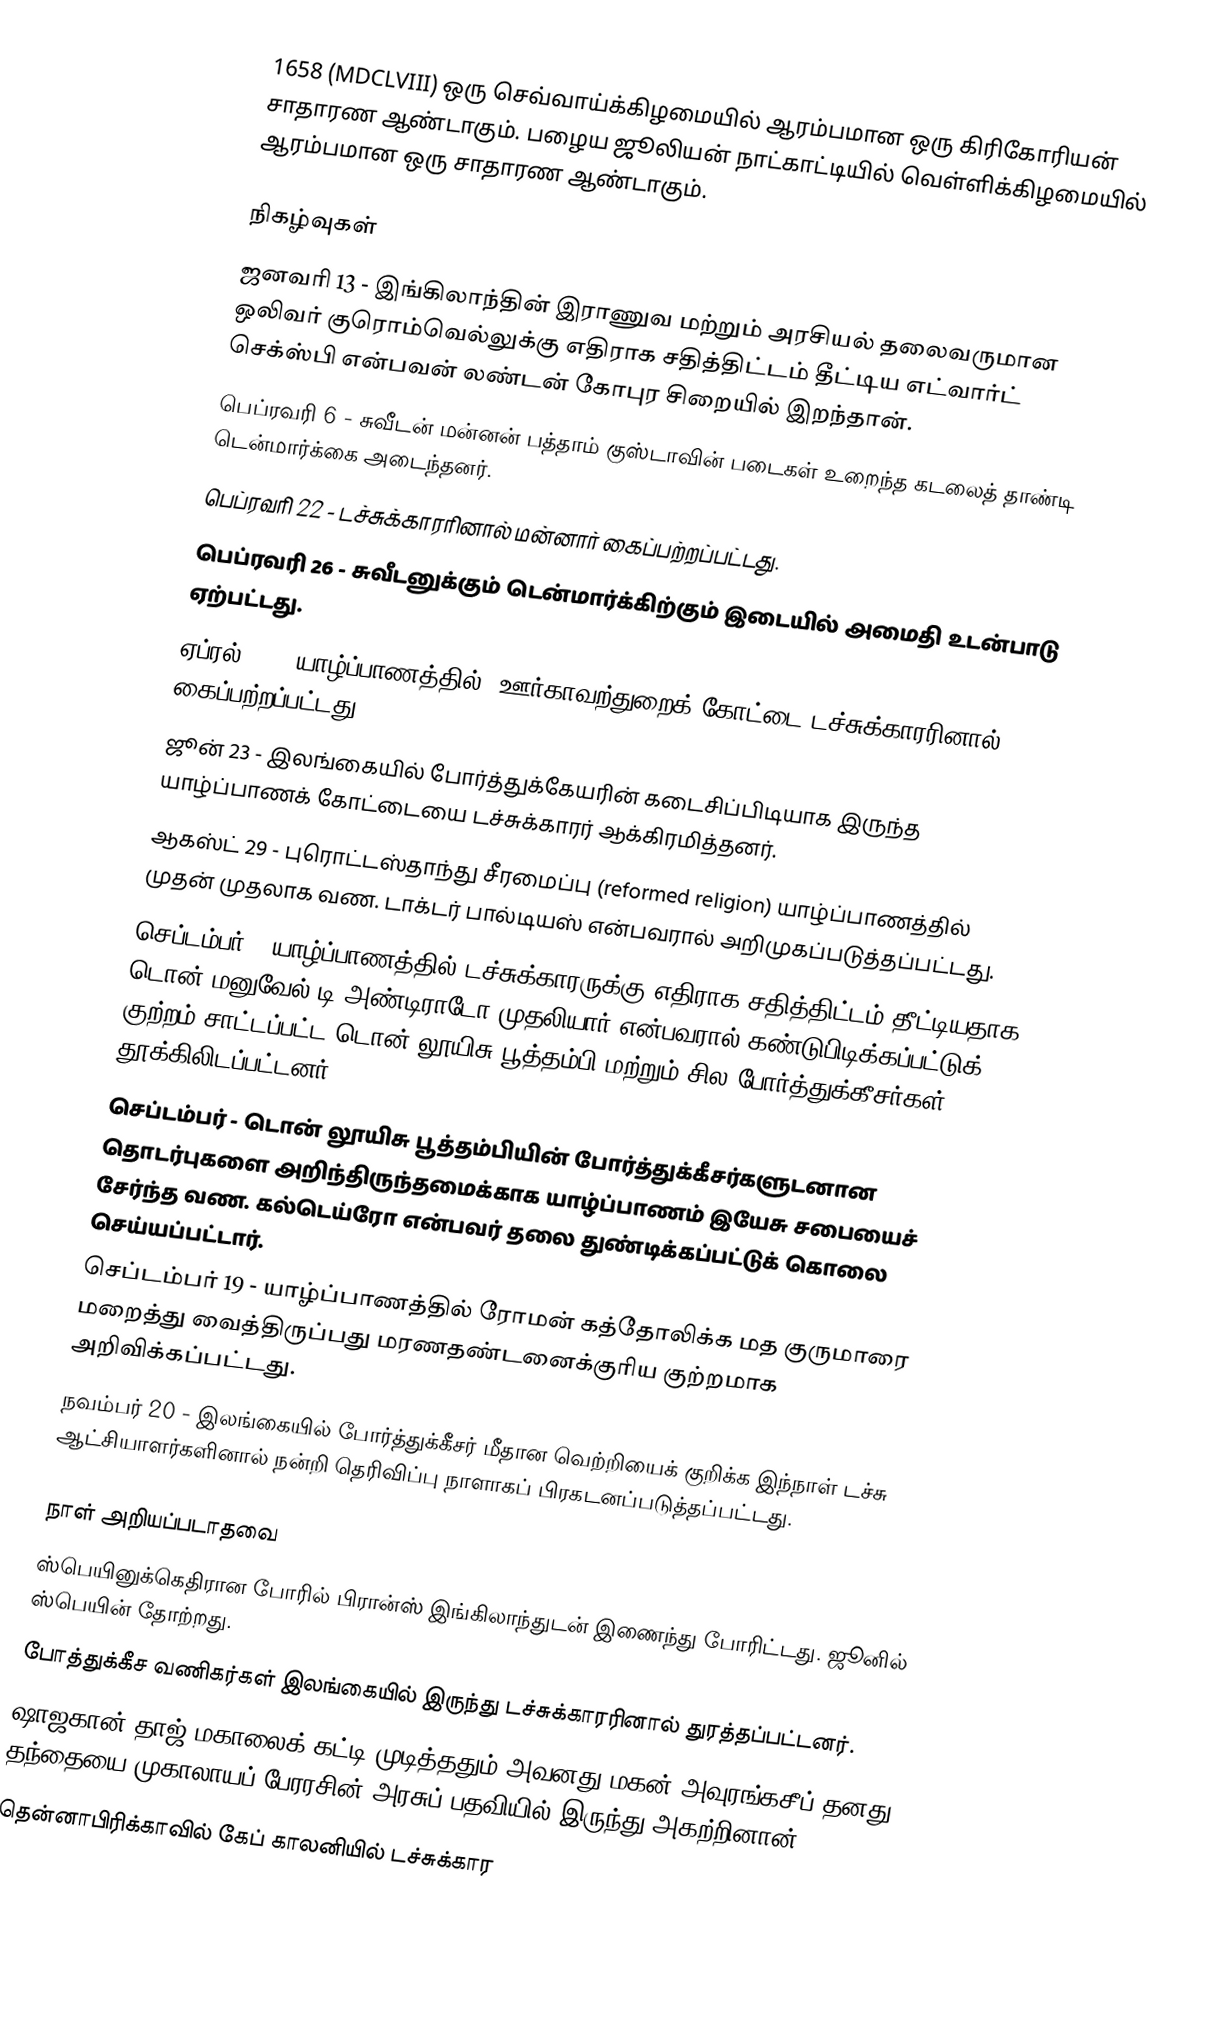
1658 (MDCLVIII) ஒரு செவ்வாய்க்கிழமையில் ஆரம்பமான ஒரு கிரிகோரியன் சாதாரண ஆண்டாகும். பழைய ஜூலியன் நாட்காட்டியில் வெள்ளிக்கிழமையில் ஆரம்பமான ஒரு சாதாரண ஆண்டாகும்.

நிகழ்வுகள்
 ஜனவரி 13 - இங்கிலாந்தின் இராணுவ மற்றும் அரசியல் தலைவருமான ஒலிவர் குரொம்வெல்லுக்கு எதிராக சதித்திட்டம் தீட்டிய எட்வார்ட் செக்ஸ்பி என்பவன் லண்டன் கோபுர சிறையில் இறந்தான்.
 பெப்ரவரி 6 - சுவீடன் மன்னன் பத்தாம் குஸ்டாவின் படைகள் உறைந்த கடலைத் தாண்டி டென்மார்க்கை அடைந்தனர்.
 பெப்ரவரி 22 - டச்சுக்காரரினால் மன்னார் கைப்பற்றப்பட்டது.
 பெப்ரவரி 26 - சுவீடனுக்கும் டென்மார்க்கிற்கும் இடையில் அமைதி உடன்பாடு ஏற்பட்டது.
 ஏப்ரல் 10 - யாழ்ப்பாணத்தில், ஊர்காவற்துறைக் கோட்டை டச்சுக்காரரினால் கைப்பற்றப்பட்டது.
 ஜூன் 23 - இலங்கையில் போர்த்துக்கேயரின் கடைசிப்பிடியாக இருந்த யாழ்ப்பாணக் கோட்டையை டச்சுக்காரர் ஆக்கிரமித்தனர்.
 ஆகஸ்ட் 29 - புரொட்டஸ்தாந்து சீரமைப்பு (reformed religion) யாழ்ப்பாணத்தில் முதன் முதலாக வண. டாக்டர் பால்டியஸ் என்பவரால் அறிமுகப்படுத்தப்பட்டது.
 செப்டம்பர் - யாழ்ப்பாணத்தில் டச்சுக்காரருக்கு எதிராக சதித்திட்டம் தீட்டியதாக டொன் மனுவேல் டி அண்டிராடோ முதலியார் என்பவரால் கண்டுபிடிக்கப்பட்டுக் குற்றம் சாட்டப்பட்ட டொன் லூயிசு பூத்தம்பி மற்றும் சில போர்த்துக்கீசர்கள் தூக்கிலிடப்பட்டனர்.
 செப்டம்பர் - டொன் லூயிசு பூத்தம்பியின் போர்த்துக்கீசர்களுடனான தொடர்புகளை அறிந்திருந்தமைக்காக யாழ்ப்பாணம் இயேசு சபையைச் சேர்ந்த வண. கல்டெய்ரோ என்பவர் தலை துண்டிக்கப்பட்டுக் கொலை செய்யப்பட்டார்.
 செப்டம்பர் 19 - யாழ்ப்பாணத்தில் ரோமன் கத்தோலிக்க மத குருமாரை மறைத்து வைத்திருப்பது மரணதண்டனைக்குரிய குற்றமாக அறிவிக்கப்பட்டது.
 நவம்பர் 20 - இலங்கையில் போர்த்துக்கீசர் மீதான வெற்றியைக் குறிக்க இந்நாள் டச்சு ஆட்சியாளர்களினால் நன்றி தெரிவிப்பு நாளாகப் பிரகடனப்படுத்தப்பட்டது.

நாள் அறியப்படாதவை
 ஸ்பெயினுக்கெதிரான போரில் பிரான்ஸ் இங்கிலாந்துடன் இணைந்து போரிட்டது. ஜூனில் ஸ்பெயின் தோற்றது.
 போத்துக்கீச வணிகர்கள் இலங்கையில் இருந்து டச்சுக்காரரினால் துரத்தப்பட்டனர்.
 ஷாஜகான் தாஜ் மகாலைக் கட்டி முடித்ததும் அவனது மகன் அவுரங்கசீப் தனது தந்தையை முகாலாயப் பேரரசின் அரசுப் பதவியில் இருந்து அகற்றினான்.
 தென்னாபிரிக்காவில் கேப் காலனியில் டச்சுக்கார